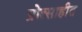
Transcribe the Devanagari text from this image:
प्रोत्साहीत